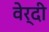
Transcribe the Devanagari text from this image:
वेर्दी